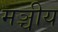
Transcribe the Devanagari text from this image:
मञ्चीय